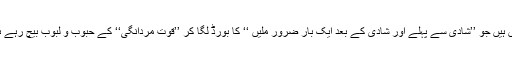
میرا خیال یہ ہے کہ یہ ادیب ہیں نہ ناقد بلکہ نیم حکیم خطرۂ جاں ہیں جو ’’شادی سے پہلے اور شادی کے بعد ایک بار ضرور ملیں ‘‘ کا بورڈ لگا کر ’’قوت مردانگی‘‘ کے حبوب و لبوب بیچ رہے ہیں جن کا کاروبار رات کے اندھیرے میں خوب پھلتا پھولتا ہے۔